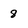
Character: 8